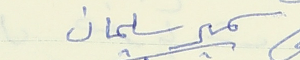
سمير سليمان